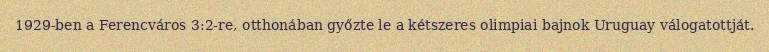
1929-ben a Ferencváros 3:2-re, otthonában győzte le a kétszeres olimpiai bajnok Uruguay válogatottját.